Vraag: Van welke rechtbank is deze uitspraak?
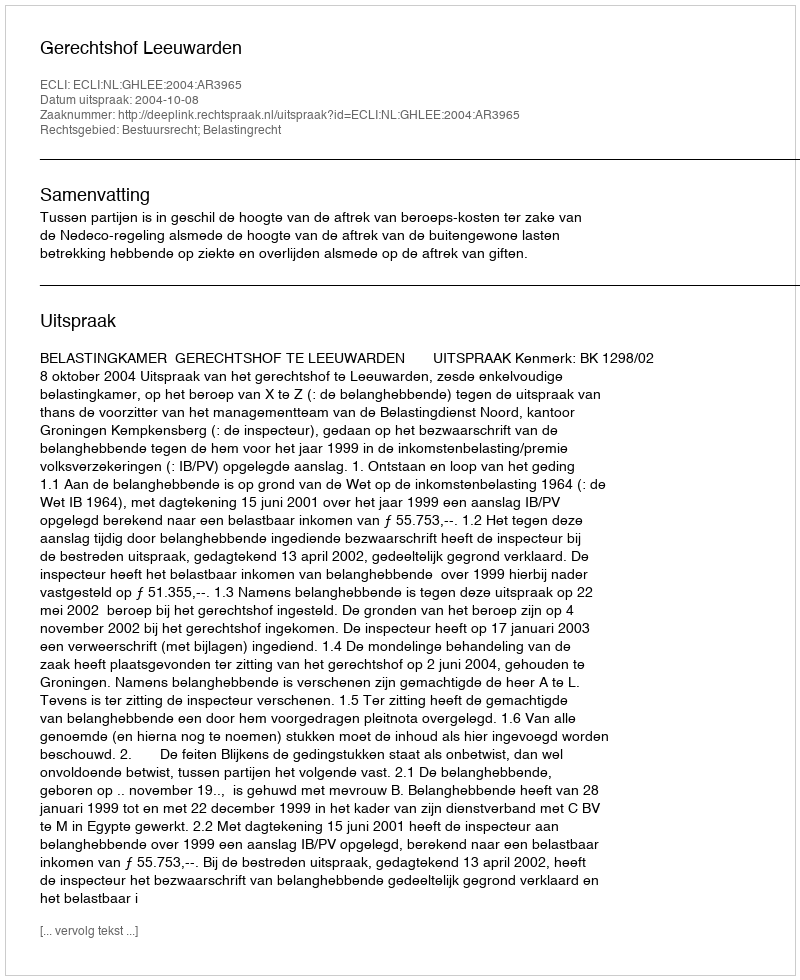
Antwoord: Gerechtshof Leeuwarden